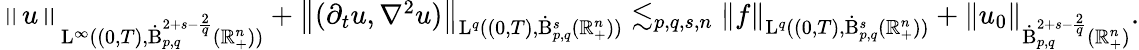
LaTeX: \begin{array}{r}{\left\lVert u\right\rVert_{\mathrm{L}^{\infty}((0,T),\dot{\mathrm{B}}_{p,q}^{2+s-\frac{2}{q}}(\mathbb{R}_{+}^{n}))}+\left\lVert(\partial_{t}u,\nabla^{2}u)\right\rVert_{\mathrm{L}^{q}((0,T),\dot{\mathrm{B}}_{p,q}^{s}(\mathbb{R}_{+}^{n}))}\lesssim_{p,q,s,n}\left\lVert f\right\rVert_{\mathrm{L}^{q}((0,T),\dot{\mathrm{B}}_{p,q}^{s}(\mathbb{R}_{+}^{n}))}+\left\lVert u_{0}\right\rVert_{\dot{\mathrm{B}}_{p,q}^{2+s-\frac{2}{q}}(\mathbb{R}_{+}^{n})}.}\end{array}